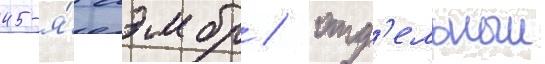
45-я́ аэмбр / отд'ельныи